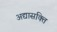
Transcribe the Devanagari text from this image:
अद्यासक्ति